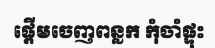
ផ្តើមចេញពន្លក កុំចាំផ្ទុះ